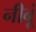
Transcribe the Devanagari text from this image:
नीबूं